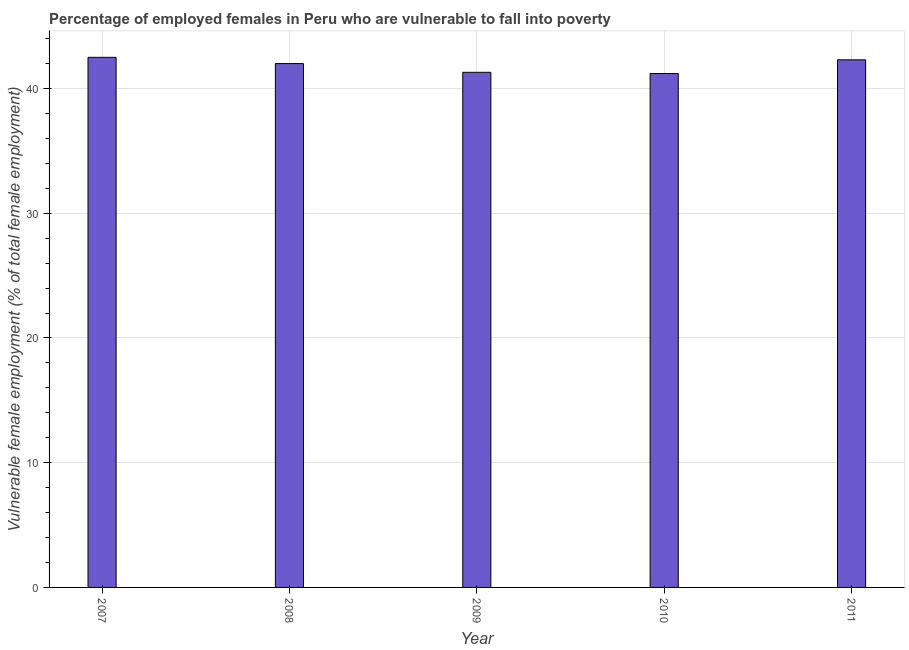
| Year | Percentage of employed females who are vulnerable to fall into poverty |
 | --- | --- |
 | 2007 | 42.5 |
 | 2008 | 42 |
 | 2009 | 41.3 |
 | 2010 | 41.2 |
 | 2011 | 42.3 |